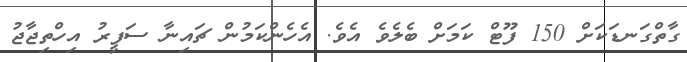
ގާތްގަނޑަކަށް 150 ފޫޓް ކަމަށް ބެލެވެ އެވެ. އެހެންކަމުން ޗައިނާ ސަފީރު އިހްތިޖާޖު